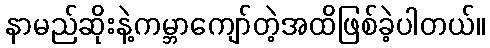
နာမည်ဆိုးနဲ့ကမ္ဘာကျော်တဲ့အထိဖြစ်ခဲ့ပါတယ်။